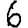
Digit: 6